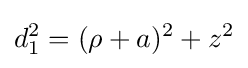
d_{1}^{2}=(\rho +a)^{2}+z^{2}